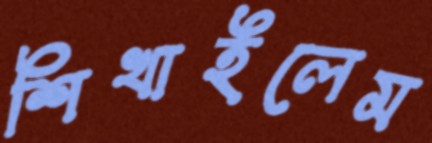
শিখাইলেম